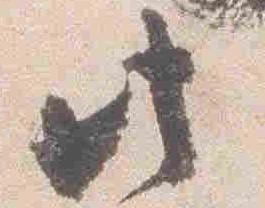
此